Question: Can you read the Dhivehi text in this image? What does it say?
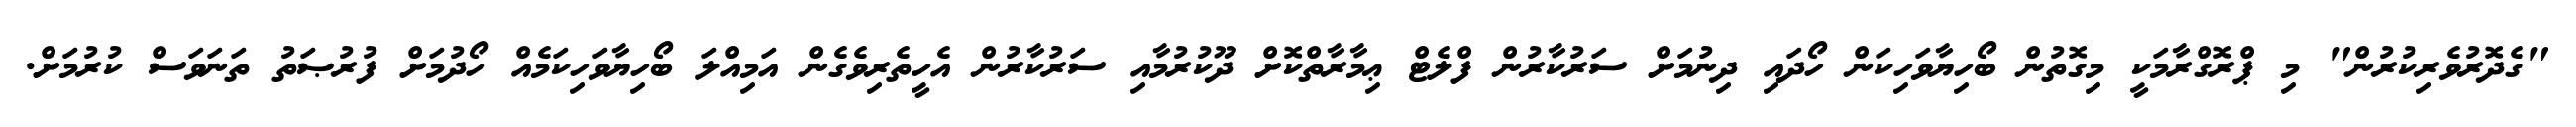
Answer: "ގެދޮރުވެރިކުރުން" މި ޕްރޮގްރާމަކީ މިގޮތުން ބޯހިޔާވަހިކަން ހޯދައި ދިނުމަށް ސަރުކާރުން ފްލެޓް ޢިމާރާތްކޮށް ދޫކުރުމާއި ސަރުކާރުން އެހީތެރިވެގެން އަމިއްލަ ބޯހިޔާވަހިކަމެއް ހޯދުމަށް ފުރުޞަތު ތަނަވަސް ކުރުމަށް.